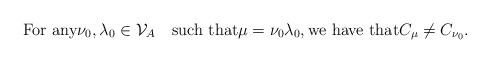
LaTeX: \begin{align*}\mbox{For any} \nu_0,\lambda_0\in \mathcal{V}_A\quad\mbox{such that}\mu=\nu_0\lambda_0,\mbox{we have that} C_\mu\neq C_{\nu_0}.\end{align*}